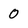
Character: 0